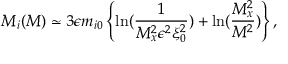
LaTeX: M _ { i } ( M ) \simeq 3 \epsilon m _ { i 0 } \left\{ \ln ( \frac { 1 } { M _ { x } ^ { 2 } \epsilon ^ { 2 } \xi _ { 0 } ^ { 2 } } ) + \ln ( \frac { M _ { x } ^ { 2 } } { M ^ { 2 } } ) \right\} ,